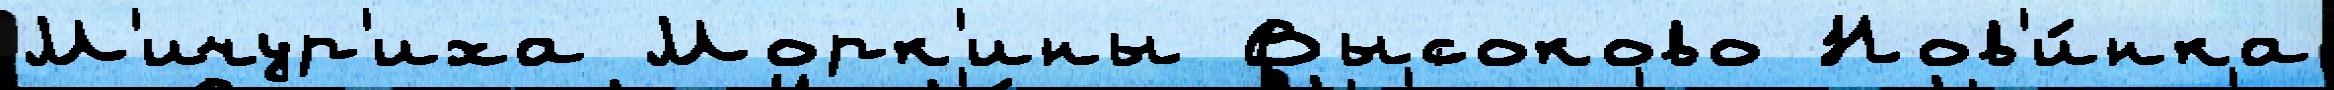
М'ичур'иха Морк'ины Высоково Нов'и́нка